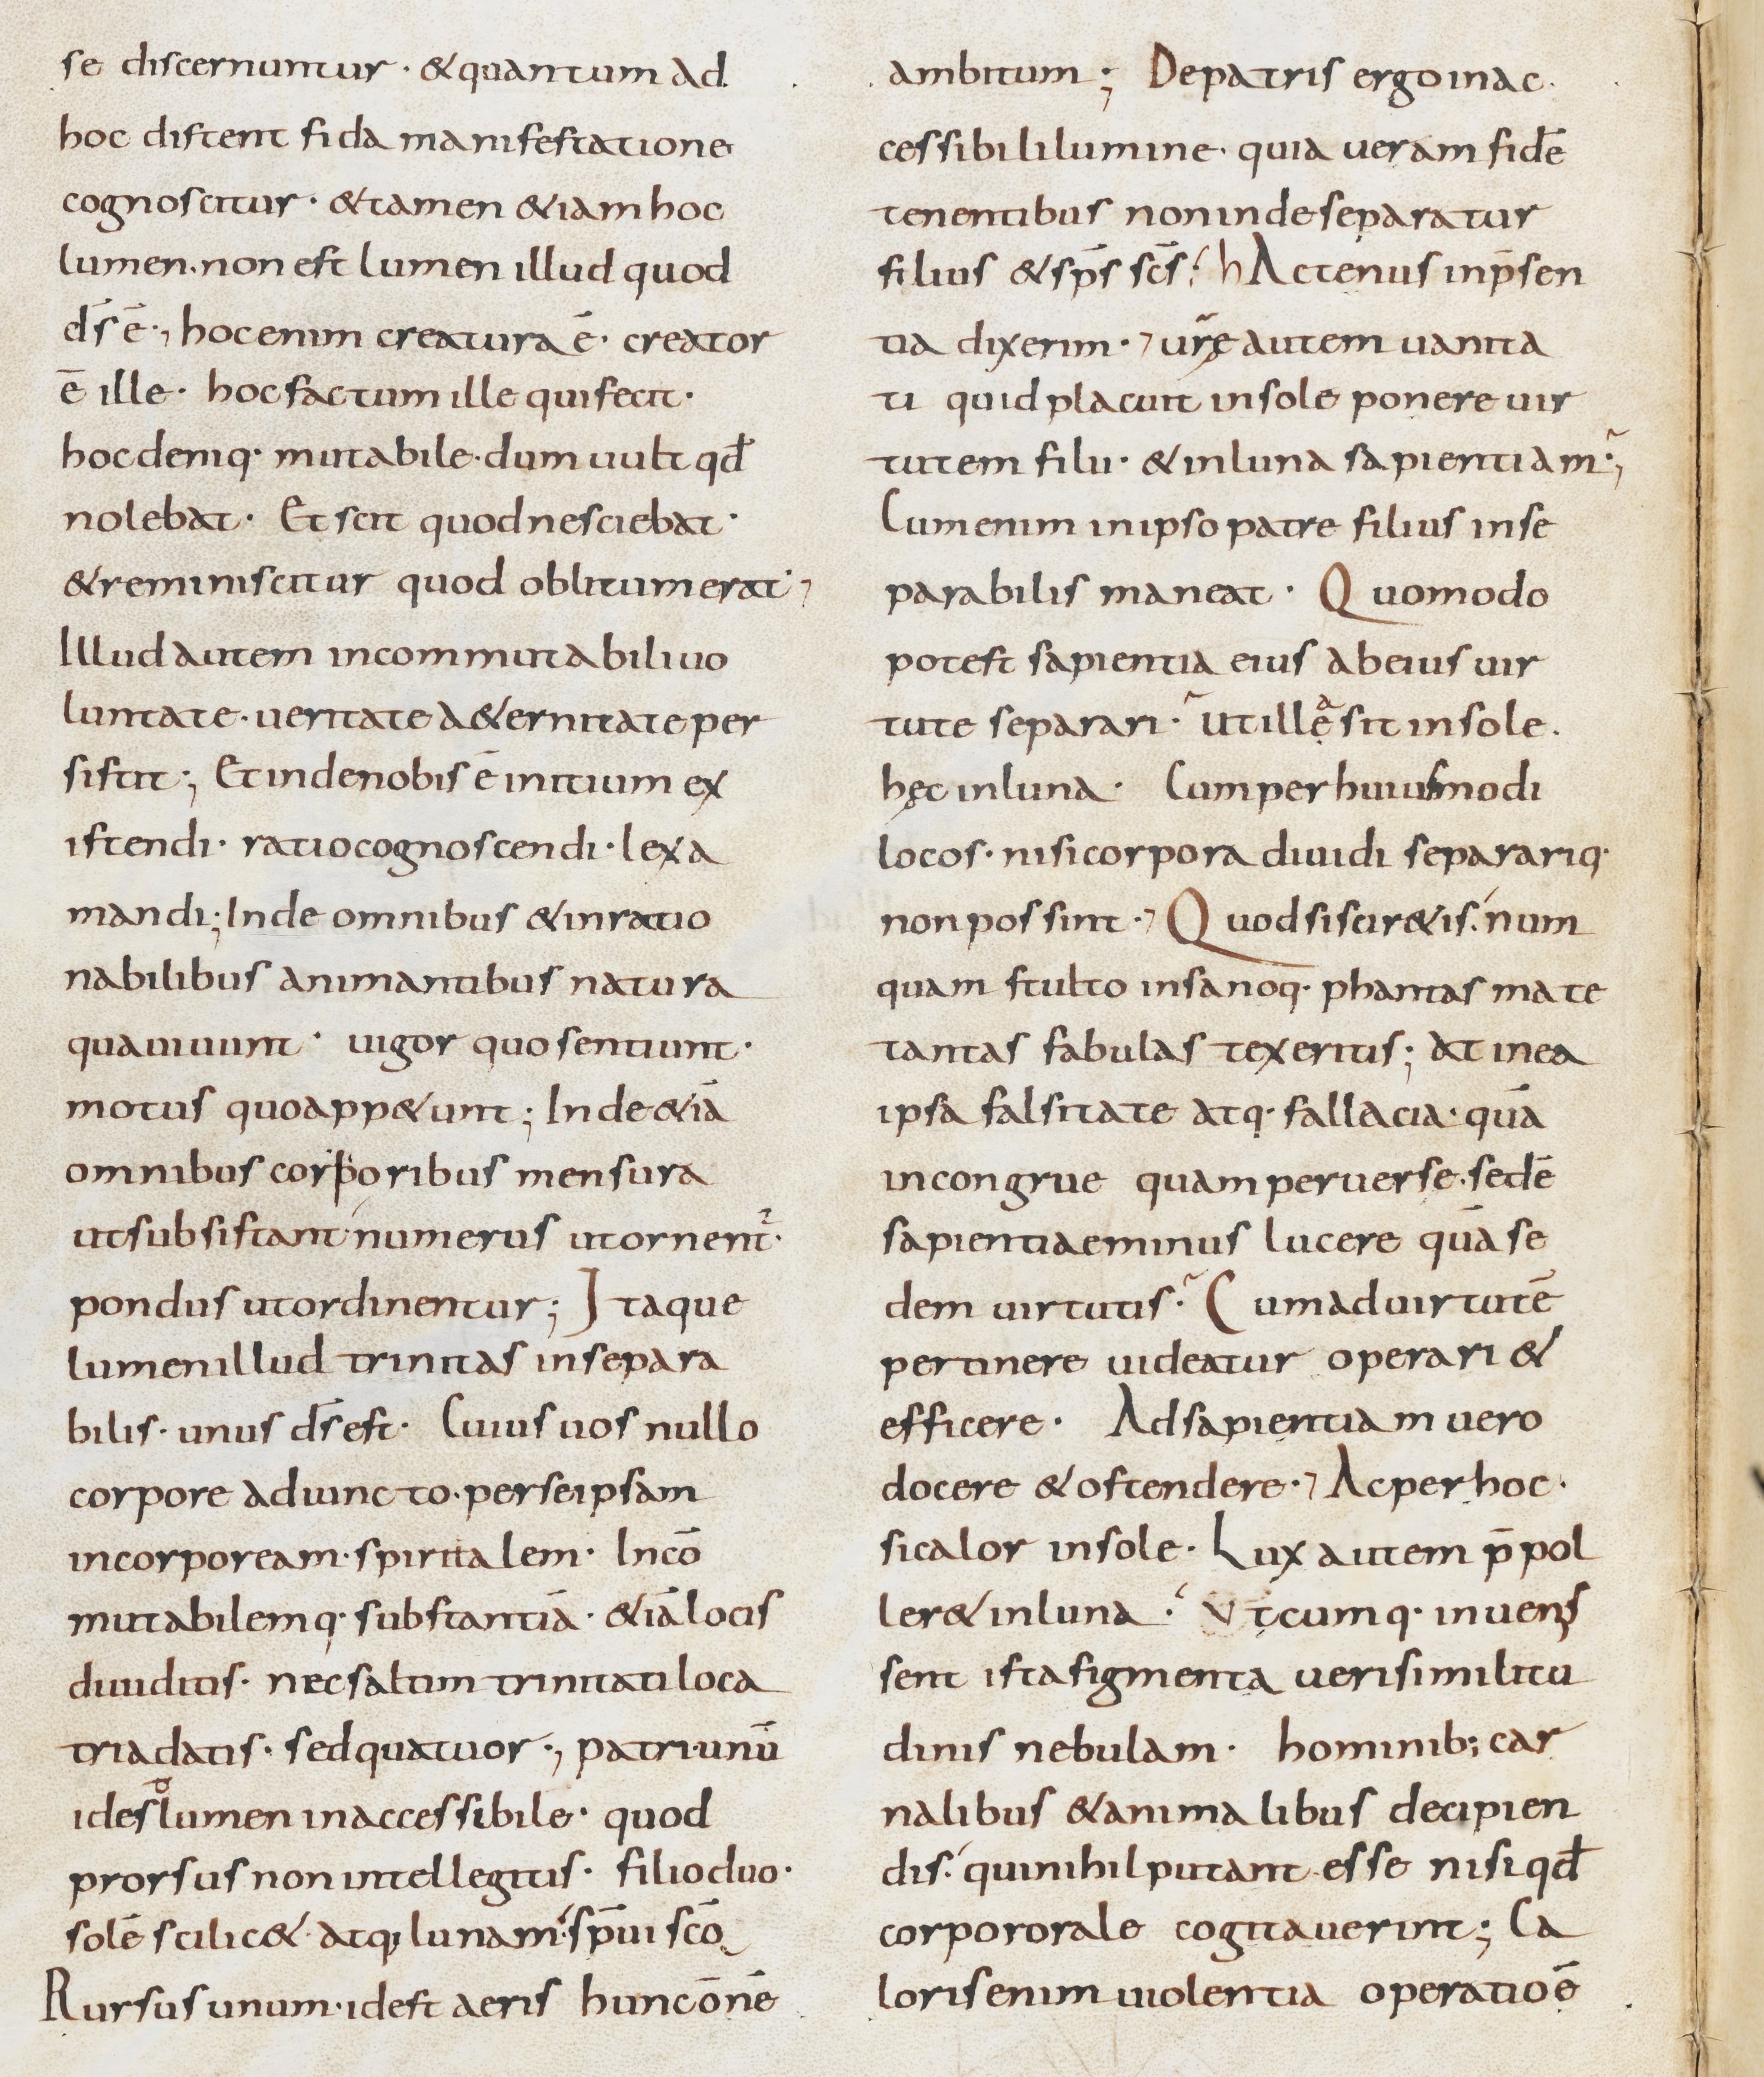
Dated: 800–899